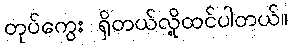
တုပ်ကွေး ရှိတယ်လို့ထင်ပါတယ်။